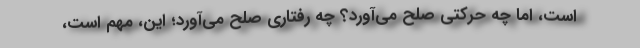
است، امّا چه حرکتی صلح می‌آورد؟ چه رفتاری صلح می‌آورد؛ این، مهم است،